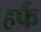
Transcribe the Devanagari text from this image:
हर्फ